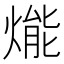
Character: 𤌶